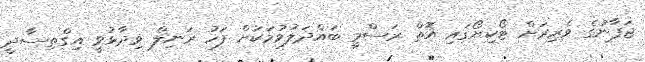
ޖަޕާނުގެ ވެރިރަށް ޓޯކިޔޯގައި އޮތް ރަސްމީ ބައްދަލުވުމަކަށް ފަހު ރަނިލް ވިދާޅުވީ އިގްތިސާދީ